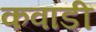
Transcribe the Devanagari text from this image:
कवांडी